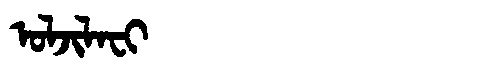
Manchu: ᠣᠯᠵᡳᠯᠠᠸᡳ
Romanization: OLJILAFI